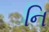
નિ